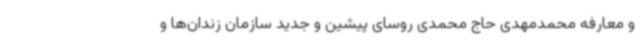
و معارفه محمدمهدی حاج محمدی روسای پیشین و جدید سازمان زندان‌ها و